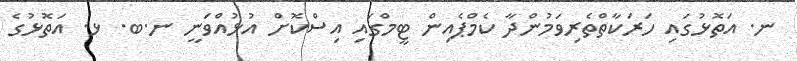
ނ. އަތޮޅުގައި ހަރަކާތްތެރިވަމުންދާ ކެމްޕެއިން ޓީމްގައި އިސްކޮށް އުޅުއްވަނީ ނ.ބ. ޅ. އަތޮޅުގެ